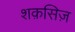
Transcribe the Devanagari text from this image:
शक़सिज़